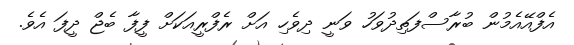
އެފްއޭއެމުން ބުރާސްފަތިދުވަހު ވަނީ ދިވެހި އަށް ރެފްރީއަކަށް ފީފާ ބެޖް ދީފަ އެވެ.